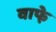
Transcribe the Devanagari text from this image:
वाफे़